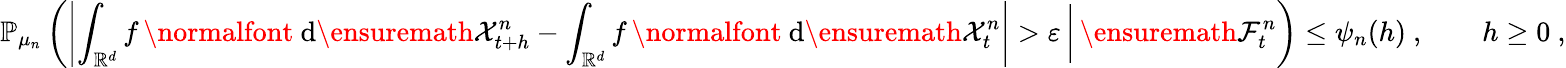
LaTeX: {\mathbb P}_{\mu_{n}}\left(\left|\int_{{\mathbb R}^{d}}f\, \mathrm{\normalfont~d}\ensuremath{\mathcal X}_{t+h}^{n}-\int_{{\mathbb R}^{d}}f\, \mathrm{\normalfont~d}\ensuremath{\mathcal X}_{t}^{n}\right|>\varepsilon\, \bigg|\, \ensuremath{\mathcal F}_{t}^{n}\right)\le\psi_{n}(h)\ ,\qquad h\ge 0\ ,